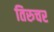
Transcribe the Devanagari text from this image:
तिरुचर